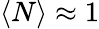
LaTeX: \langle N\rangle\approx 1